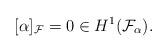
LaTeX: \begin{align*}[\alpha]_\mathcal{F} = 0 \in H^1(\mathcal{F}_\alpha).\end{align*}